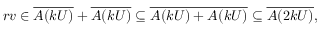
r v \in { \overline { { A ( k U ) } } } + { \overline { { A ( k U ) } } } \subseteq { \overline { { A ( k U ) + A ( k U ) } } } \subseteq { \overline { { A ( 2 k U ) } } } ,